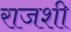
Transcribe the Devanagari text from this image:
राजशी